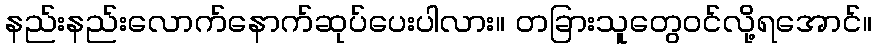
နည်းနည်းလောက်နောက်ဆုပ်ပေးပါလား။ တခြားသူတွေဝင်လို့ရအောင်။